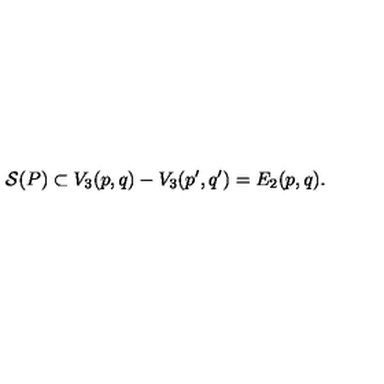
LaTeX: { \cal S } ( P ) \subset V _ { 3 } ( p , q ) - V _ { 3 } ( p ^ { \prime } , q ^ { \prime } ) = E _ { 2 } ( p , q ) .